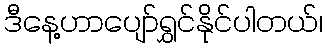
ဒီနေ့ဟာပျော်ရွှင်နိုင်ပါတယ်၊